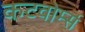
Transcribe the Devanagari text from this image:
कटवोर्म्स